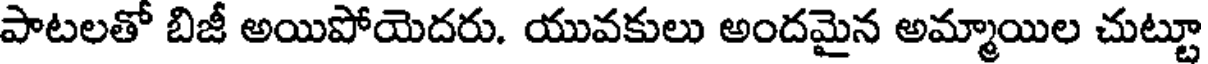
పాటలతో బిజీ అయిపోయెదరు. యువకులు అందమైన అమ్మాయిల చుట్టూ